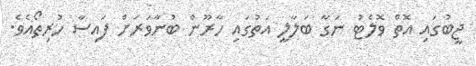
ޖީބުގައި އޮތް ވޮލެޓު ނަގާ ބަލާލީ އަތުގައި ހާރޫން ބުނާވަރަށް ފައިސާ ހުރިތޯއެވެ.